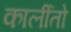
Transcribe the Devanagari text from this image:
कार्लीतो